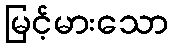
မြင့်မားသော